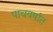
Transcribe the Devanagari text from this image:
पाचवर्षात